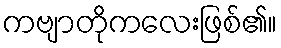
ကဗျာတိုကလေးဖြစ်၏။